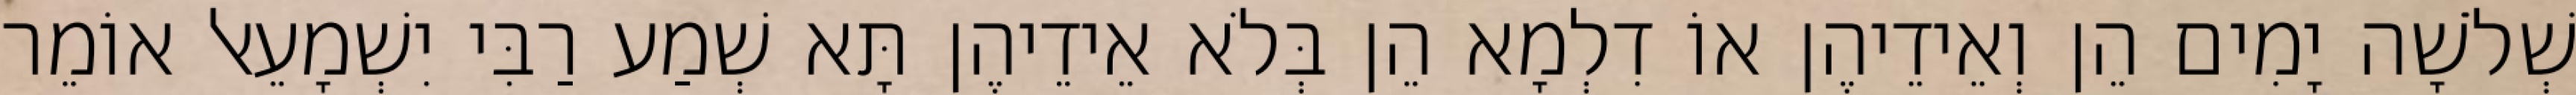
שְׁלֹשָׁה יָמִים הֵן וְאֵידֵיהֶן אוֹ דִלְמָא הֵן בְּלֹא אֵידֵיהֶן תָּא שְׁמַע רַבִּי יִשְׁמָעֵאל אוֹמֵר